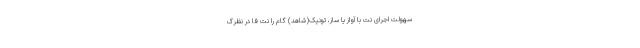
سهولتِ اجرای نت با آواز یا ساز، تونیکِ(شاهد) گام را نت فا در نظرگ